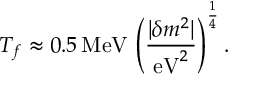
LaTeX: T _ { f } \approx 0 . 5 \, \mathrm { M e V } \, \left( \frac { | \delta m ^ { 2 } | } { \mathrm { e V } ^ { 2 } } \right) ^ { \frac { 1 } { 4 } } .